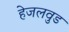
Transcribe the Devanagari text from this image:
हेजलवुड